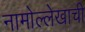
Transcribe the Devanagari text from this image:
नामोल्लेखाची